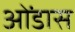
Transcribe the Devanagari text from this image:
ओंडास